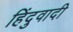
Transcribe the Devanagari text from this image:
हिंदुवादी